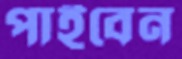
পাইবেন